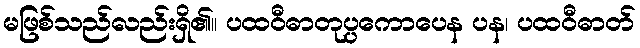
မဖြစ်သည်လည်းရှိ၏။ ပထဝီဓာတုပ္ပကောပေန ပန၊ ပထဝီဓာတ်